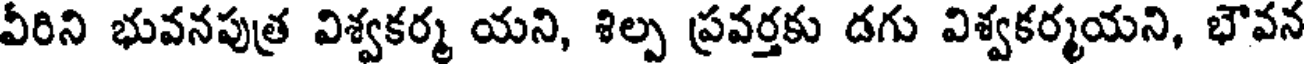
వీరిని భువనపుత్ర విశ్వకర్మ యని, శిల్ప ప్రవర్తకు డగు విశ్వకర్మయని, భౌవన